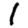
Digit: 1